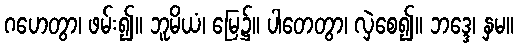
ဂဟေတွာ၊ ဖမ်း၍။ ဘူမိယံ၊ မြေ၌။ ပါတေတွာ၊ လှဲစေ၍။ ဘဒ္ဒေ၊ နှမ။